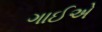
ગાઈએ